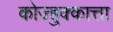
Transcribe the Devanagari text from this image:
कोज्हुक्कात्ता